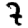
Digit: 7